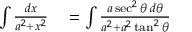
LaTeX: \begin{array} { r l } { \int { \frac { d x } { a ^ { 2 } + x ^ { 2 } } } } & { { } = \int { \frac { a \sec ^ { 2 } \theta \, d \theta } { a ^ { 2 } + a ^ { 2 } \tan ^ { 2 } \theta } } } \end{array}